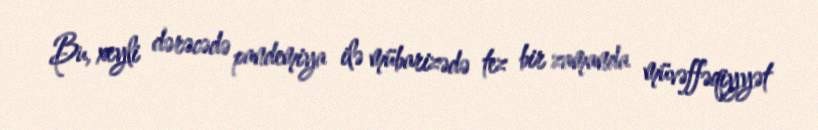
Bu, xeyli dərəcədə pandemiya ilə mübarizədə tez bir zamanda müvəffəqiyyət